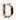
D